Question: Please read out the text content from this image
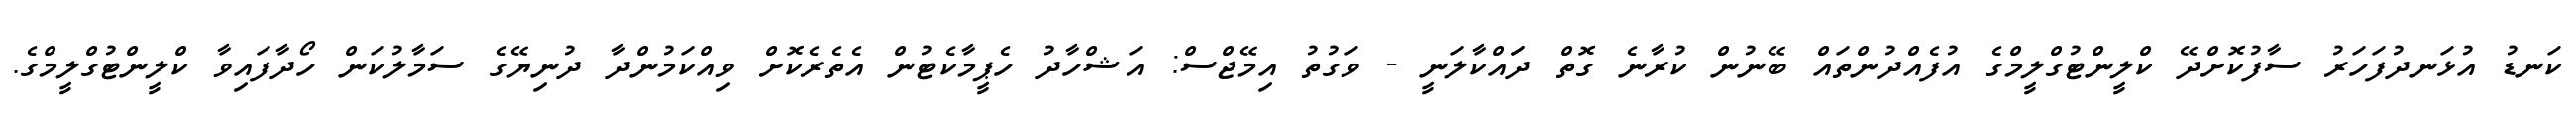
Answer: ކަނޑު އުޅަނދުފަހަރު ސާފުކޮށްދޭ ކްލީންޓުގްލީމްގެ އުފެއްދުންތައް ބޭނުން ކުރާނެ ގޮތް ދަައްކާލަނީ - ވަގުތު އިމޭޖްސް: އަޝްހާދު ހެޕީމާކެޓުން އެތެރެކޮށް ވިއްކަމުންދާ ދުނިޔޭގެ ސަމާލުކަން ހޯދާފައިވާ ކްލީންޓުގްލީމްގެ.